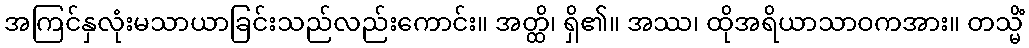
အကြင်နှလုံးမသာယာခြင်းသည်လည်းကောင်း။ အတ္ထိ၊ ရှိ၏။ အဿ၊ ထိုအရိယာသာဝကအား။ တသ္မိံ